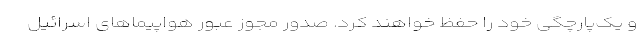
و یک‌پارچگی خود را حفظ خواهند کرد. صدور مجوز عبور هواپیماهای اسرائیل